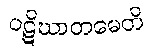
ပဋိဃာတမေတိ